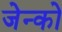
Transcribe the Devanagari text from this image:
जेन्को